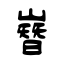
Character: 嶜